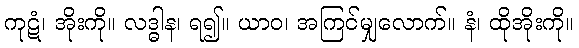
ကုဋံ၊ အိုးကို။ လဒ္ဓါန၊ ရ၍။ ယာဝ၊ အကြင်မျှလောက်။ နံ၊ ထိုအိုးကို။